Scientific memoirs by medical officers of the Army of India - Part VIII,
Year: 1894
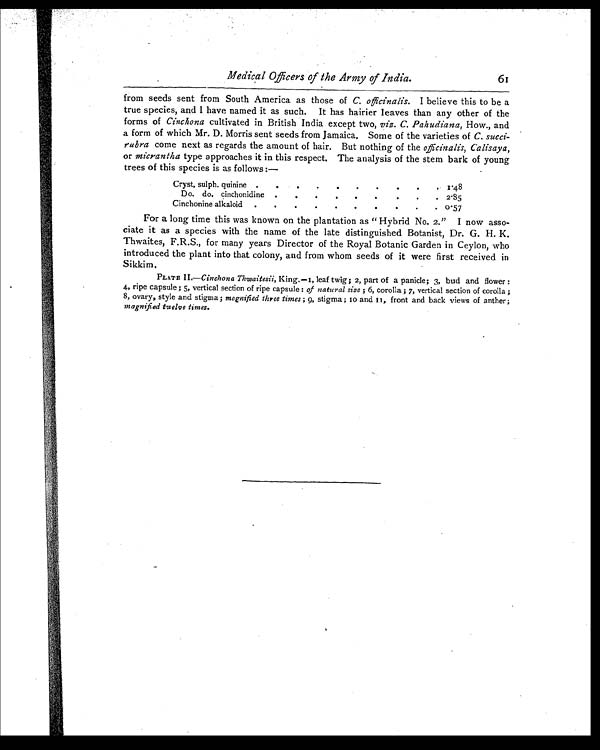
Medical Officers of the Army of India.
61
from seeds sent from South America as those of C. officinalis. I believe this to be a
t r u e s p e c i e s , a n d I h a v e n a me d i t a s s u c h . I t h a s h a i r i e r l e a v e s t h a n a n y o t h e r o f t h e
forms of Cinchona cultivated in British India except two, viz. C. Pahudiana, How., and
a form of which Mr. D. Morris sent seeds from Jamaica. Some of the varieties of C. succi-
rubra come next as regards the amount of hair. But nothing of the officinalis, Calisaya,
or micrantha type approaches it in this respect. The analysis of the stem bark of young
trees of this species is as follows :—
Cryst, sulph. quinine .
.
.
.
.
.
.
. .
. 1.48
Do. do. cinchonidine .
.
. .
.
.
. .
. 2.85
Cinchonine alkaloid
.
.
.
.
.
.
.
.
. 0.57
For a long time this was known on the plantation as " Hybrid No. 2." I now asso-
ciate it as a species with the name of the late distinguished Botanist, Dr. G. H. K.
Thwaites, F.R.S., for many years Director of the Royal Botanic Garden in Ceylon, who
introduced the plant into that colony, and from whom seeds of it were first received in
Sikkim.
PLATE II.—Cinchona Thwaitesii, King.—I, leaf twig; 2, part of a panicle; 3, bud and flower :
4, ripe capsule; 5, vertical section of ripe capsule : of natural size ; 6, corolla ; 7, vertical section of corolla ;
8, ovary, style and stigma; magnified three times ; 9 , s t i g ma ; 1 0 a n d 1 1 , f r o n t a n d b a c k v i e ws o f a n t h e r ;
magnified twelve times.